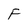
Character: F